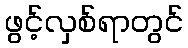
ဖွင့်လှစ်ရာတွင်